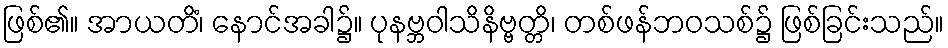
ဖြစ်၏။ အာယတိံ၊ နောင်အခါ၌။ ပုနဗ္ဘဝါသိနိဗ္ဗတ္တိ၊ တစ်ဖန်ဘဝသစ်၌ ဖြစ်ခြင်းသည်။